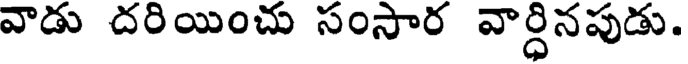
వాడు దరియించు సంసార వార్ధినపుడు.